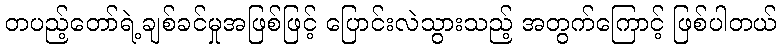
တပည့်တော်ရဲ့ချစ်ခင်မှုအဖြစ်ဖြင့် ပြောင်းလဲသွားသည့် အတွက်ကြောင့် ဖြစ်ပါတယ်